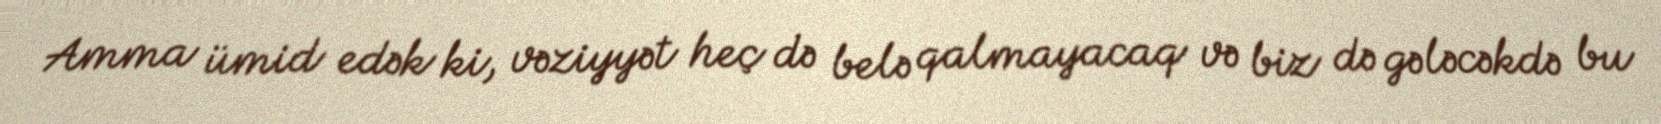
Amma ümid edək ki, vəziyyət heç də belə qalmayacaq və biz də gələcəkdə bu